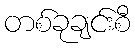
တစ်ခုချင်းစီ